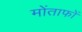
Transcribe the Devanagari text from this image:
मोंताफों